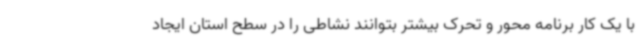
با یک کار برنامه محور و تحرک بیشتر بتوانند نشاطی را در سطح استان ایجاد